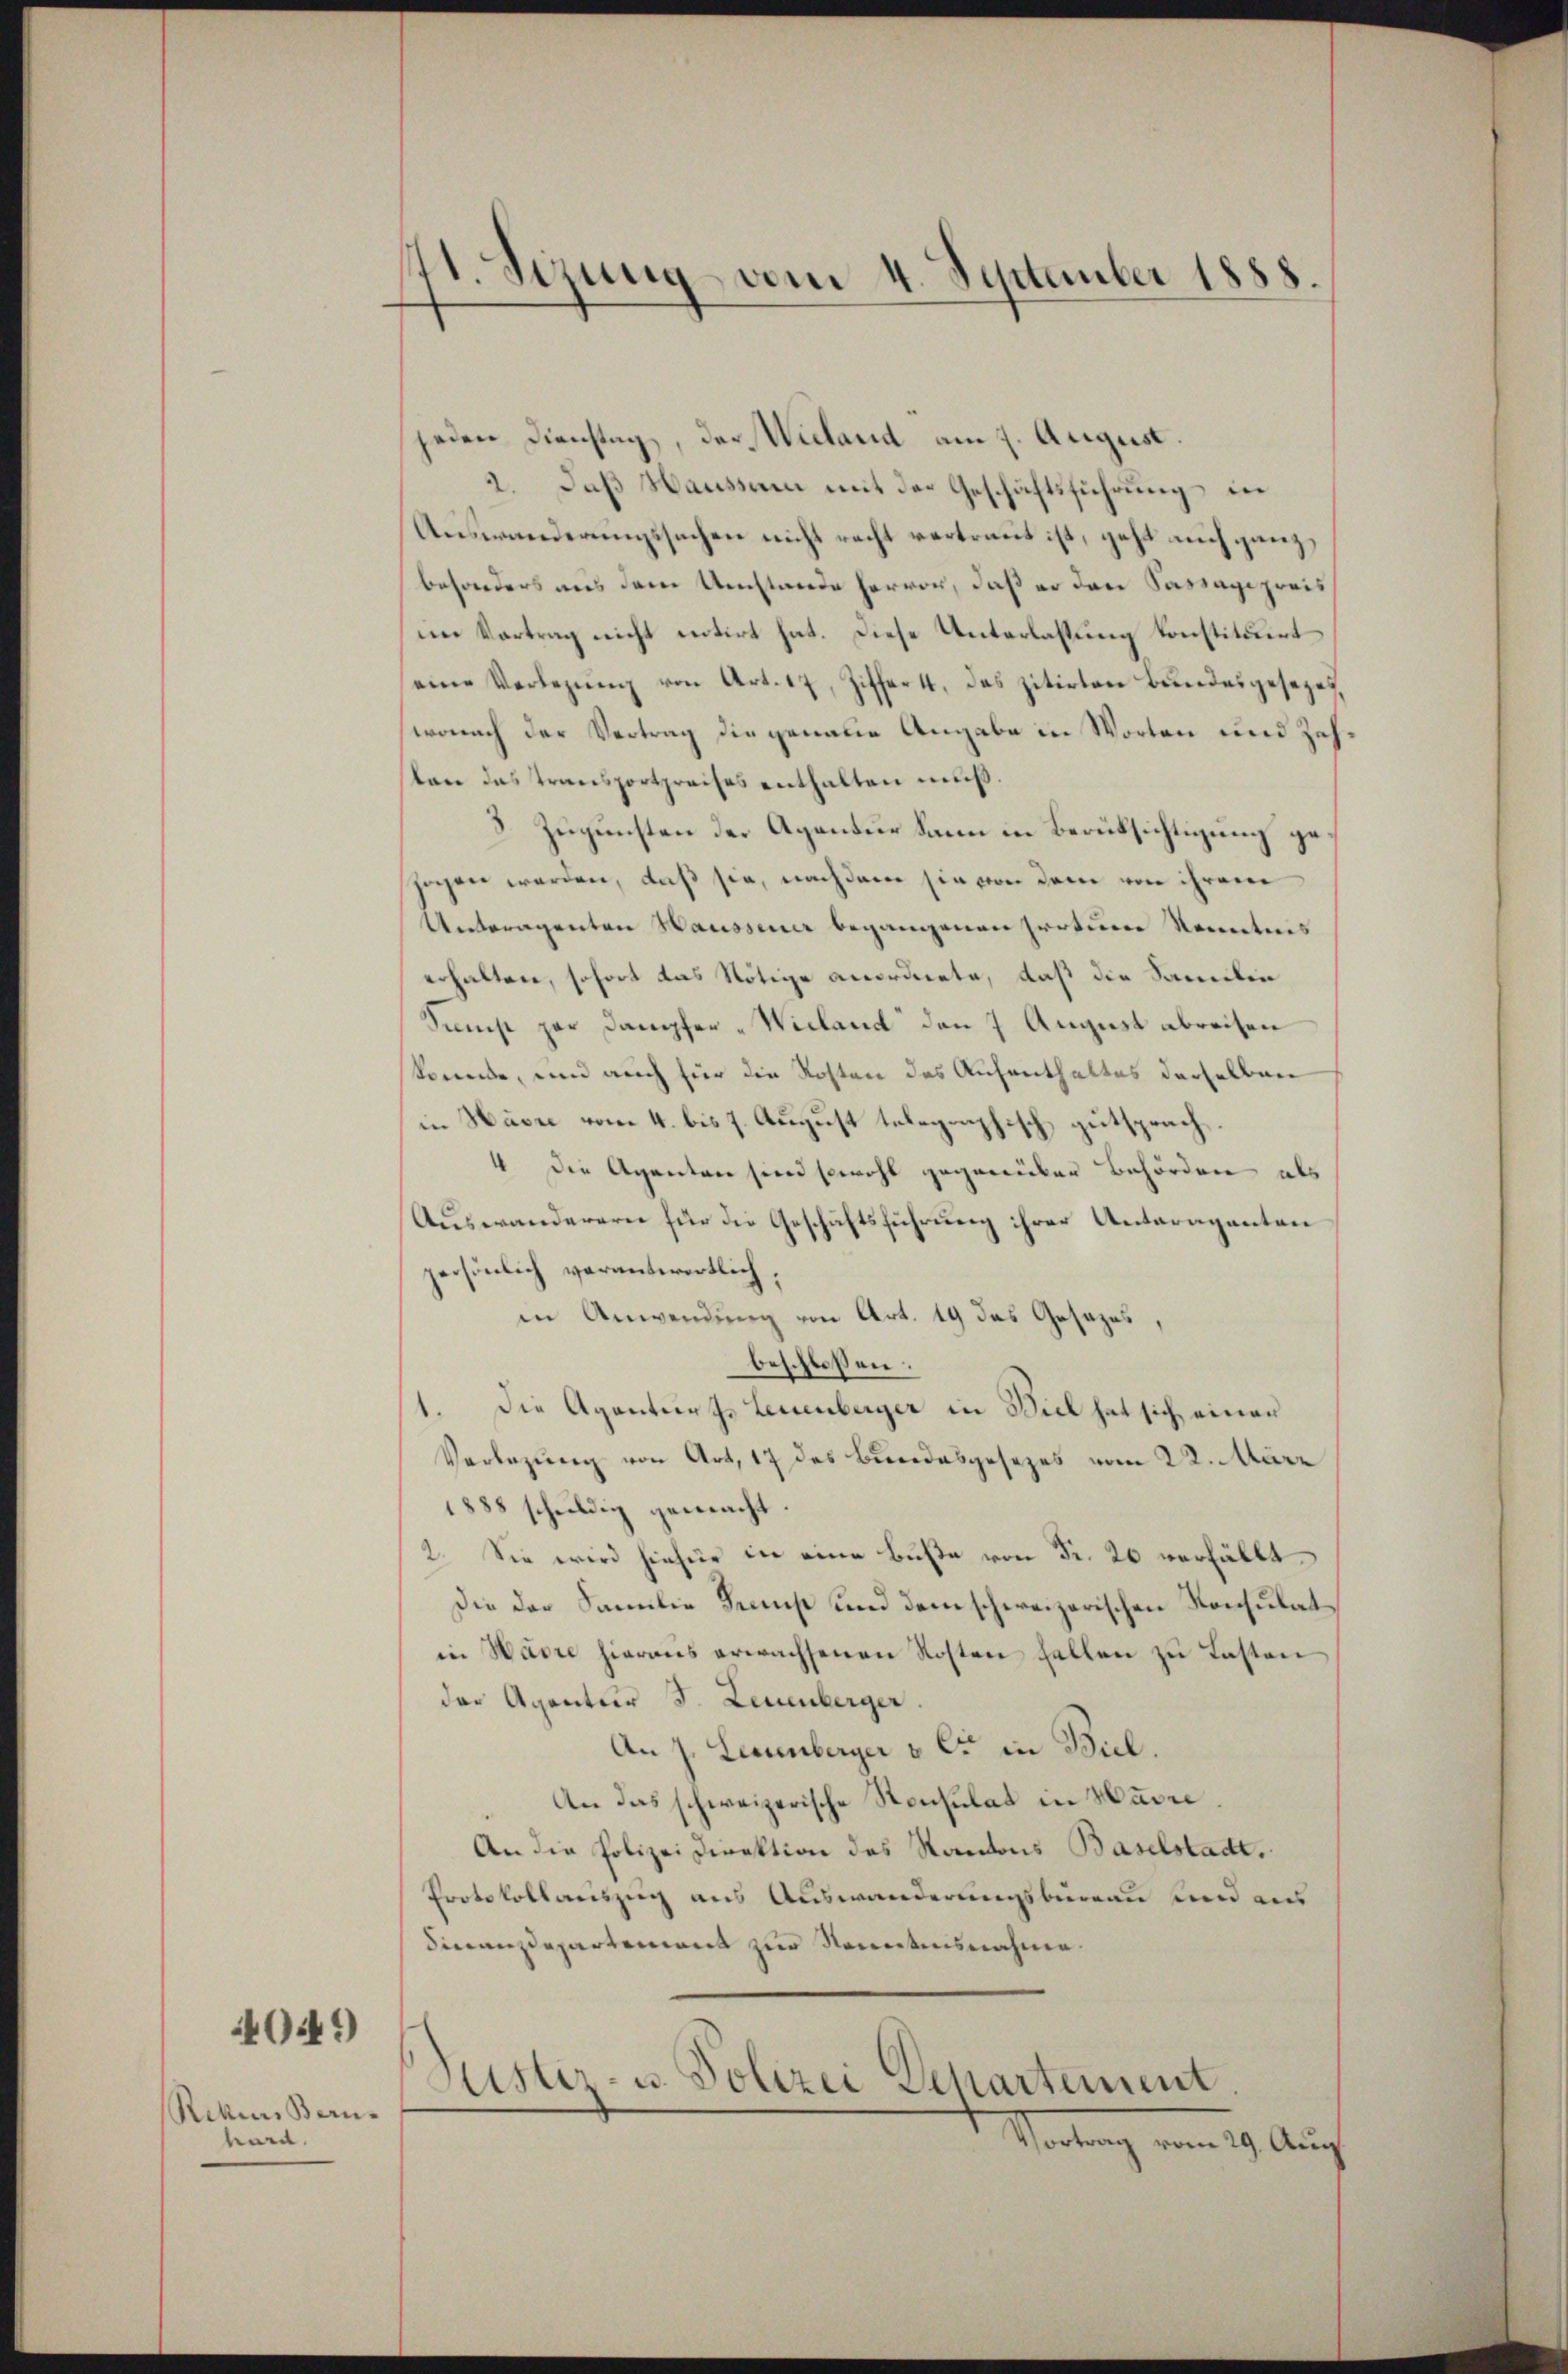
0441)

Rekurs Bern-
kard.

171. Sizung vom 4. September 1888.

jeden Dienstag, der Wieland am 7. August.
2. Daß Hausseren mit der Geschäftsführung in
Auswanderungssuchen nicht recht vertraut ist, geht auch ganz,
besonders aus dem Umstande hervor, daß er den Sassagipreis
im Vortrag nicht entirt hat. Diese Unterlassung konstituirt
eine Verlegŭng von Art. 17, Ziffert, das zitirten Bundesgesezes
wonach der Vertrag die genaue Angabe in Worten und Zehsten das Transportpreises enthalten muß.
3. Zugunsten der Agantur dann in Berücksichtigung gesehen werden, daß sie, nachdem sie von dem von ihrem
Unteragenten Haussener begangenen Irrtum Kenntnis
erhalten, sofort das Nötige anordnete, daß die Samilien
Samst zur Dampfer-Wieland den 7 August abreisen
konnte, und auch für die Kosten des Aufenthaltes derselben
in Havre vom 4. bis 7. August telegraphisch gutsprach¬
4 die Agenten sind sowohl gegenüber Behörden als
Auswanderern für die Geschäftsführung ihrer Antaraganten
persönlich verantwortlich,
in Anwendung von Art. 19 das Gesezes,
beschlossen:
1. Die Agentur. Leuenberger in Biel hat sich einer
Verlegung von Art. 17 des Bundesgesezes vom 22. März
1888 schuldig gemacht.
2. Sie wird hiefür in eine Buße von Fr. 20 verfällt.
Die der Familie Tremst und dem schweizerischen Konsulatin Wässe hieraus erwachsenen Kosten Fallen zu Lasten
der Agentier S. Leuenberger.
An J. Leuenberger v. C. in Biel.
An das schweizerische Konsulat in Havre.
An die Polizei Direktion des Kantons Baselstadt.
Protokollauszug aus Auswanderungsbureau und aus
Finanzdepartement zur Nenntnisnahme.
Justiz- u. Polizei Departement
Startung vom 19. Aus